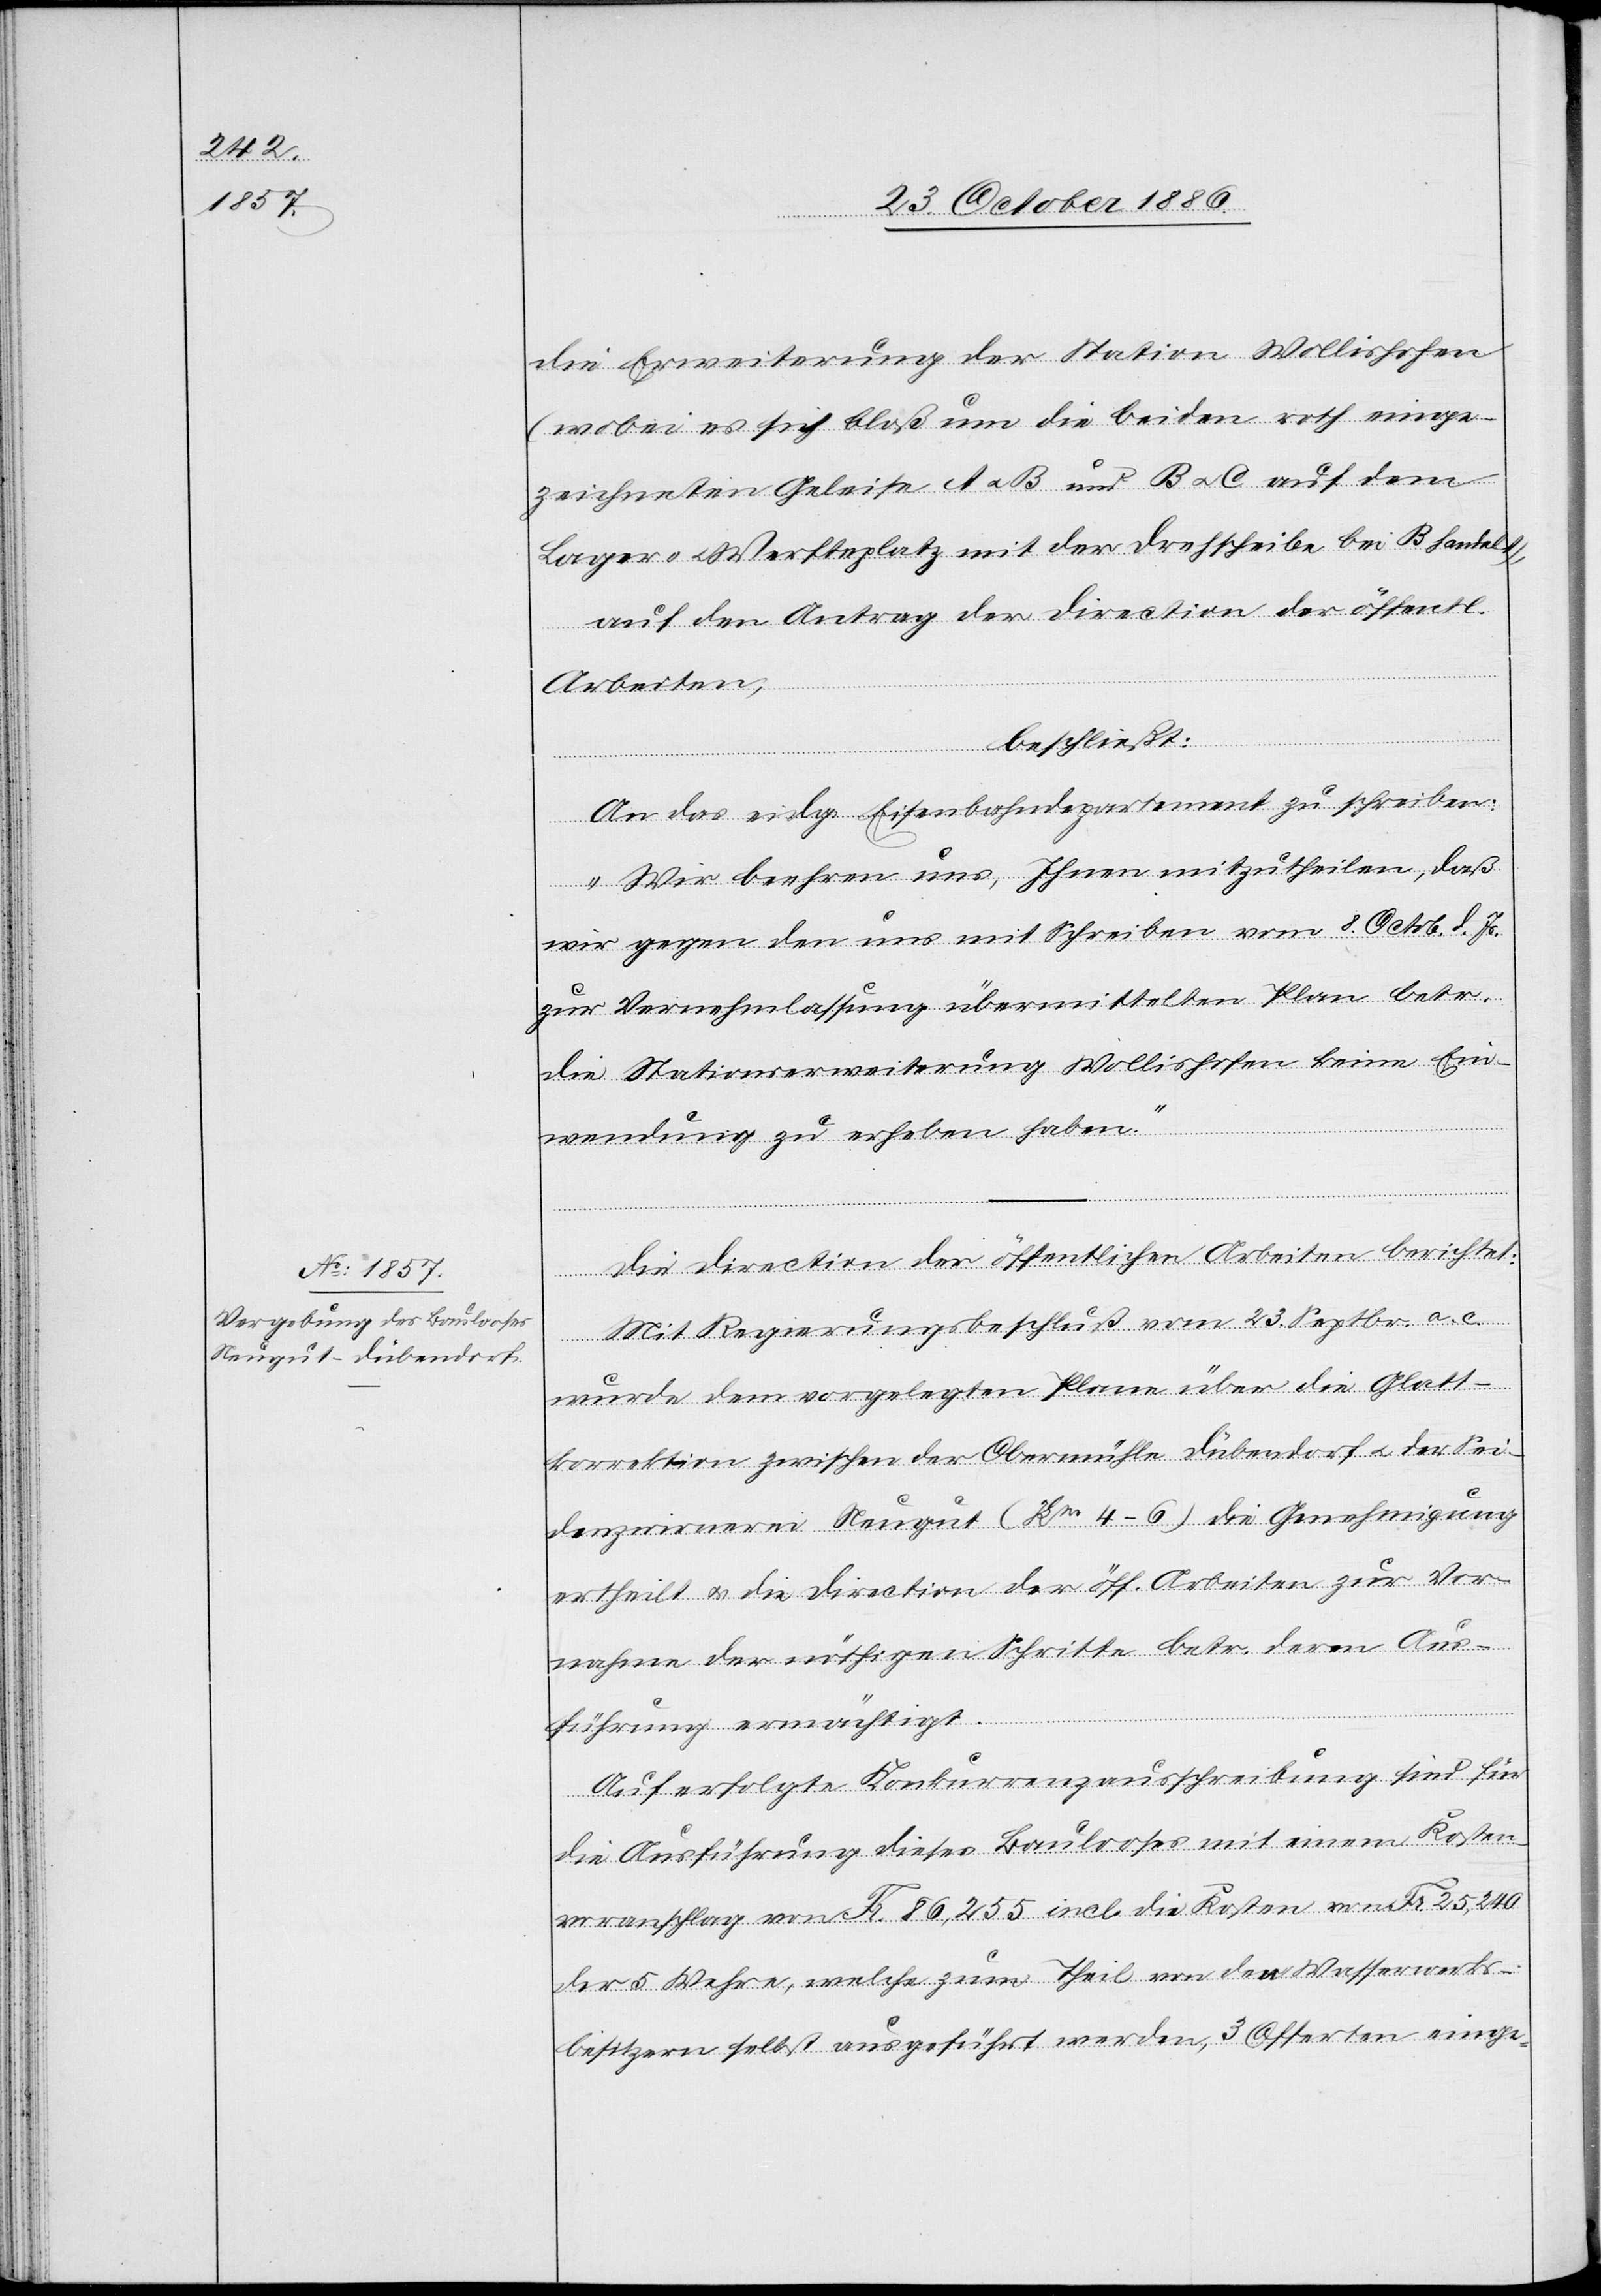
die Erweiterung der Station Wollishofen
(wobei es sich bloß um die beiden roth einge¬
zeichneten Geleise A & B und B & C auf dem
Lager- & Werfteplatz mit der Drehscheibe bei B handelt,
auf den Antrag der Direction der öffentl.
Arbeiten,
beschließt:
An das eidg. Eisenbahndepartement zu schreiben:
„Wir beehren uns, Ihnen mitzutheilen, daß
wir gegen den uns mit Schreiben vom 8. Octob. d. Js.
zur Vernehmlassung übermittelten Plan betr.
die Stationserweiterung Wollishofen keine Ein¬
wendung zu erheben haben.“
Die Direction der öffentlichen Arbeiten berichtet:
Mit Regierungsbeschluß vom 23. Septbr. a. c.
wurde dem vorgelegten Plane über die Glatt¬
korrektion zwischen der Obermühle Dübendorf & der Sei¬
denzwirnerei Neugut (Km 4–6) die Genehmigung
ertheilt & die Direction der öff. Arbeiten zur Vor¬
nahme der nöthigen Schritte betr. deren Aus¬
führung ermächtigt.
Auf erfolgte Konkurrenzausschreibung sind für
die Ausführung dieses Baulooses mit einem Kosten¬
voranschlag von Fr. 86,255 incl. die Kosten von Fr. 25,240
der 5 Wehre, welche zum Theil von den Wasserwerks¬
besitzern selbst ausgeführt werden, 3 Offerten einge-